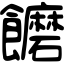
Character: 饝